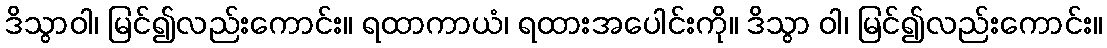
ဒိသွာဝါ၊ မြင်၍လည်းကောင်း။ ရထာကာယံ၊ ရထားအပေါင်းကို။ ဒိသွာ ဝါ၊ မြင်၍လည်းကောင်း။